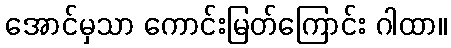
အောင်မှသာ ကောင်းမြတ်ကြောင်း ဂါထာ။